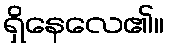
ရှိနေလေ၏။